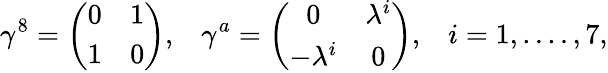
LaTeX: \gamma^{8}=\left(\begin{array}{cc}{{0}}&{{1}}\\ {{1}}&{{0}}\end{array}\right),\; \; \; \gamma^{a}=\left(\begin{array}{cc}{{0}}&{{\lambda^{i}}}\\ {{-\lambda^{i}}}&{{0}}\end{array}\right),\; \; \; i=1,....,7,